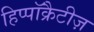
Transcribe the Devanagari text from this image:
हिप्पॉक्रैटीज़